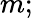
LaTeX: m;